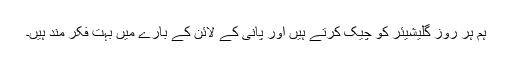
ہم ہر روز گلیشیئر کو چیک کرتے ہیں اور پانی کے لائن کے بارے میں بہت فکر مند ہیں۔